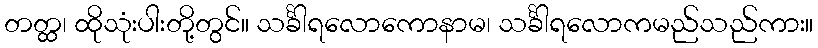
တတ္ထ၊ ထိုသုံးပါးတို့တွင်။ သင်္ခါရလောကောနာမ၊ သင်္ခါရလောကမည်သည်ကား။